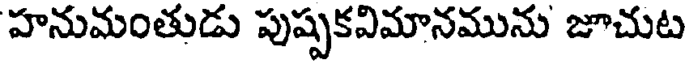
హనుమంతుడు పుష్పకవిమానమును జూచుట